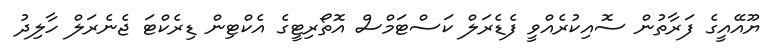
ޔޫއޭއީގެ ފަރާތުން ސޮއިކުރެއްވީ ފެޑެރަލް ކަސްޓަމްސް އޮތޯރިޓީގެ އެކްޓިން ޑިރެކްޓަ ޖެނެރަލް ހާލިދު